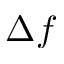
\Delta f